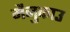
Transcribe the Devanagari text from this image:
मैनुकाउ